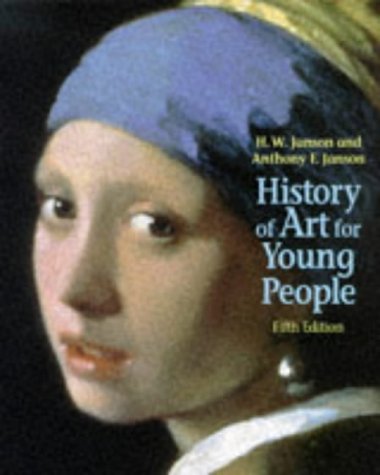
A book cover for History of Art for Young People (5th Edition); Anthony F. Janson; Teen & Young Adult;